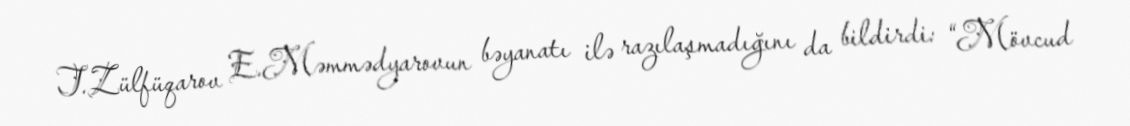
T.Zülfüqarov E.Məmmədyarovun bəyanatı ilə razılaşmadığını da bildirdi: “Mövcud